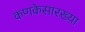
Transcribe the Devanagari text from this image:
कणकेसारख्या